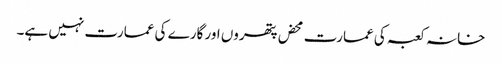
خانہ کعبہ کی عمارت محض پتھروں اور گارے کی عمارت نہیں ہے۔